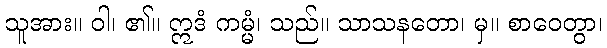
သူအား။ ဝါ၊ ၏။ ဣဒံ ကမ္မံ၊ သည်။ သာသနတော၊ မှ။ စာဝေတွာ၊